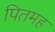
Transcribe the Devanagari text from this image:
पितमह